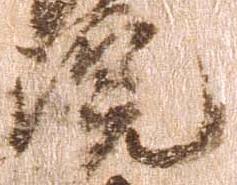
院